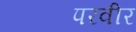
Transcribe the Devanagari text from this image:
परवीर